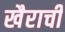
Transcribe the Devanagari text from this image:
खैराची